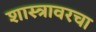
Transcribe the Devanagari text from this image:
शास्त्रावरचा